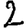
Digit: 2